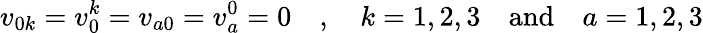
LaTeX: v_{0k}=v_{0}^{k}=v_{a0}=v_{a}^{0}=0\quad,\quad k=1,2,3\quad\mathrm{and}\quad a=1,2,3